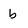
Character: b